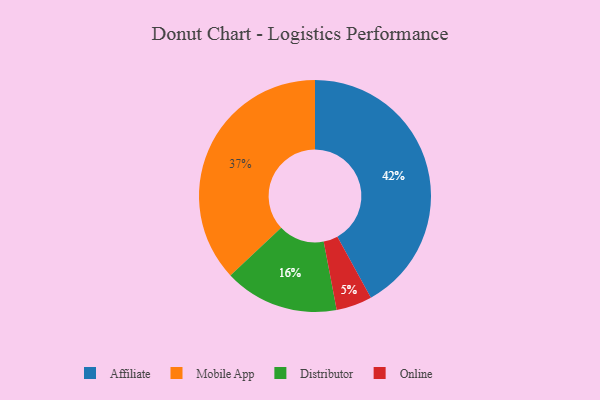
{"axis": {"x": "Category", "y": "Percentage"}, "legend": ["Affiliate", "Distributor", "Mobile App", "Online"], "data": [{"x": "Online", "y": 5, "type": "Online"}, {"x": "Affiliate", "y": 42, "type": "Affiliate"}, {"x": "Mobile App", "y": 37, "type": "Mobile App"}, {"x": "Distributor", "y": 16, "type": "Distributor"}]}